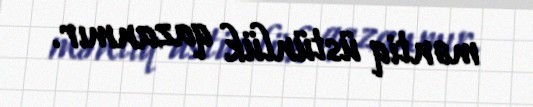
məntiq üstünlük qazanmır.